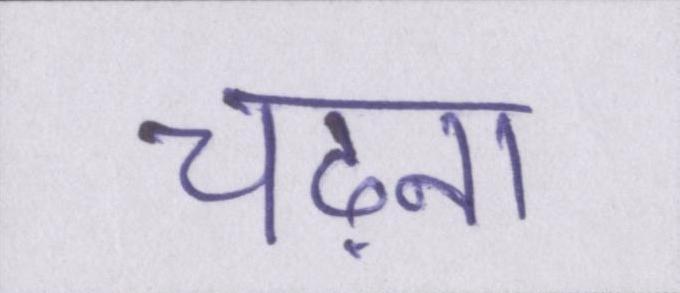
चढ़ना